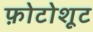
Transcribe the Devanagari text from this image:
फ़ोटोशूट